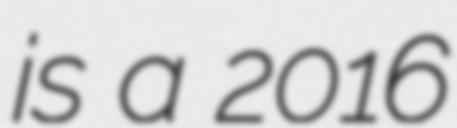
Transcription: is a 2016